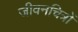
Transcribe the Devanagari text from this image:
जीवनचित्रों